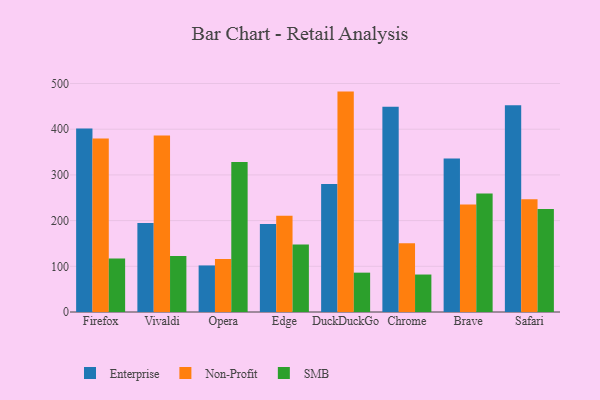
{"axis": {"x": "Browser", "y": "LTV (USD)"}, "legend": ["Enterprise", "Non-Profit", "SMB"], "data": [{"x": "Firefox", "y": 401.3, "type": "Enterprise"}, {"x": "Firefox", "y": 379.7, "type": "Non-Profit"}, {"x": "Firefox", "y": 117.1, "type": "SMB"}, {"x": "Vivaldi", "y": 194.8, "type": "Enterprise"}, {"x": "Vivaldi", "y": 386.5, "type": "Non-Profit"}, {"x": "Vivaldi", "y": 122.7, "type": "SMB"}, {"x": "Opera", "y": 101.9, "type": "Enterprise"}, {"x": "Opera", "y": 116.0, "type": "Non-Profit"}, {"x": "Opera", "y": 328.1, "type": "SMB"}, {"x": "Edge", "y": 192.8, "type": "Enterprise"}, {"x": "Edge", "y": 210.8, "type": "Non-Profit"}, {"x": "Edge", "y": 147.6, "type": "SMB"}, {"x": "DuckDuckGo", "y": 279.9, "type": "Enterprise"}, {"x": "DuckDuckGo", "y": 482.3, "type": "Non-Profit"}, {"x": "DuckDuckGo", "y": 86.1, "type": "SMB"}, {"x": "Chrome", "y": 449.1, "type": "Enterprise"}, {"x": "Chrome", "y": 150.5, "type": "Non-Profit"}, {"x": "Chrome", "y": 82.0, "type": "SMB"}, {"x": "Brave", "y": 336.1, "type": "Enterprise"}, {"x": "Brave", "y": 235.2, "type": "Non-Profit"}, {"x": "Brave", "y": 259.1, "type": "SMB"}, {"x": "Safari", "y": 452.2, "type": "Enterprise"}, {"x": "Safari", "y": 246.6, "type": "Non-Profit"}, {"x": "Safari", "y": 225.2, "type": "SMB"}]}